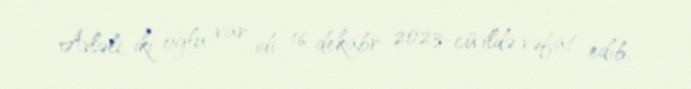
Ailəli, iki oğlu var idi. 16 dekabr 2023-cü ildə vəfat edib.